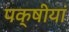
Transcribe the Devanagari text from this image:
पक्षीयां